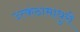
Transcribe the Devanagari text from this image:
उत्कंठामाधुरी